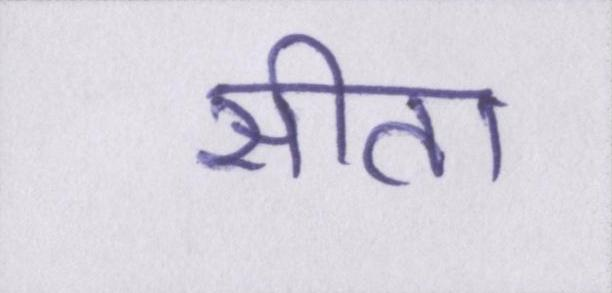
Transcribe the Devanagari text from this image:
सीता